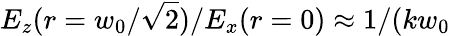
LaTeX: E_{z}(r=w_{0}/\sqrt{2})/E_{x}(r=0)\approx 1/(kw_{0}